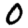
Digit: 0